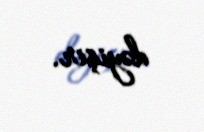
dəyişir.